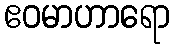
ဧဝမာဟာရော